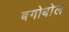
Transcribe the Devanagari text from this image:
बगोबोल